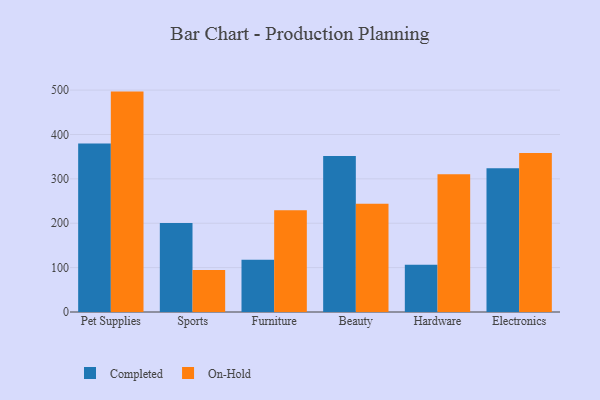
{"axis": {"x": "Category", "y": "Population (Million)"}, "legend": ["Completed", "On-Hold"], "data": [{"x": "Pet Supplies", "y": 379.8, "type": "Completed"}, {"x": "Pet Supplies", "y": 496.6, "type": "On-Hold"}, {"x": "Sports", "y": 200.8, "type": "Completed"}, {"x": "Sports", "y": 94.6, "type": "On-Hold"}, {"x": "Furniture", "y": 117.5, "type": "Completed"}, {"x": "Furniture", "y": 229.2, "type": "On-Hold"}, {"x": "Beauty", "y": 351.7, "type": "Completed"}, {"x": "Beauty", "y": 243.9, "type": "On-Hold"}, {"x": "Hardware", "y": 106.6, "type": "Completed"}, {"x": "Hardware", "y": 310.6, "type": "On-Hold"}, {"x": "Electronics", "y": 323.7, "type": "Completed"}, {"x": "Electronics", "y": 358.0, "type": "On-Hold"}]}